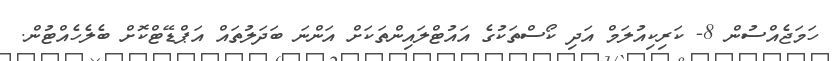
ހަމަޖެއްސުން 8- ކަރިކިއުލަމް އަދި ކޯސްތަކުގެ އައުޓްލައިންތަކަށް އަންނަ ބަދަލުތައް އަޕްޑޭޓްކޮށް ބެލެހެއްޓުން.